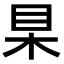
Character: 𣐥